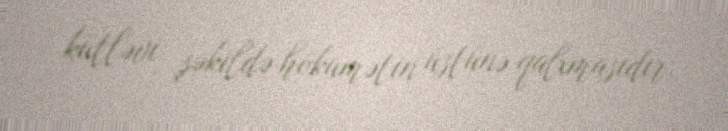
kütləvi şəkildə hökumətin üstünə qalxmasıdır.